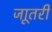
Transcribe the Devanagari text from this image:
जाूतरी